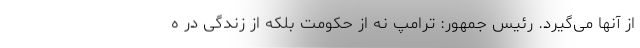
از آنها می‌گیرد. رئیس جمهور: ترامپ نه از حکومت بلکه از زندگی در ه